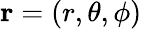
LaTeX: \boldsymbol{\mathbf{r}}=(r,\theta,\phi)